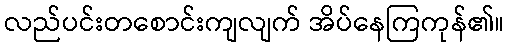
လည်ပင်းတစောင်းကျလျက် အိပ်နေကြကုန်၏။